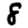
Digit: 8